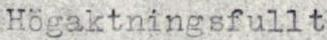
Högaktningsfullt